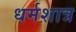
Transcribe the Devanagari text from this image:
धर्मशात्र